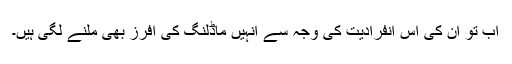
اب تو ان کی اس انفرادیت کی وجہ سے انہیں ماڈلنگ کی آفرز بھی ملنے لگی ہیں۔